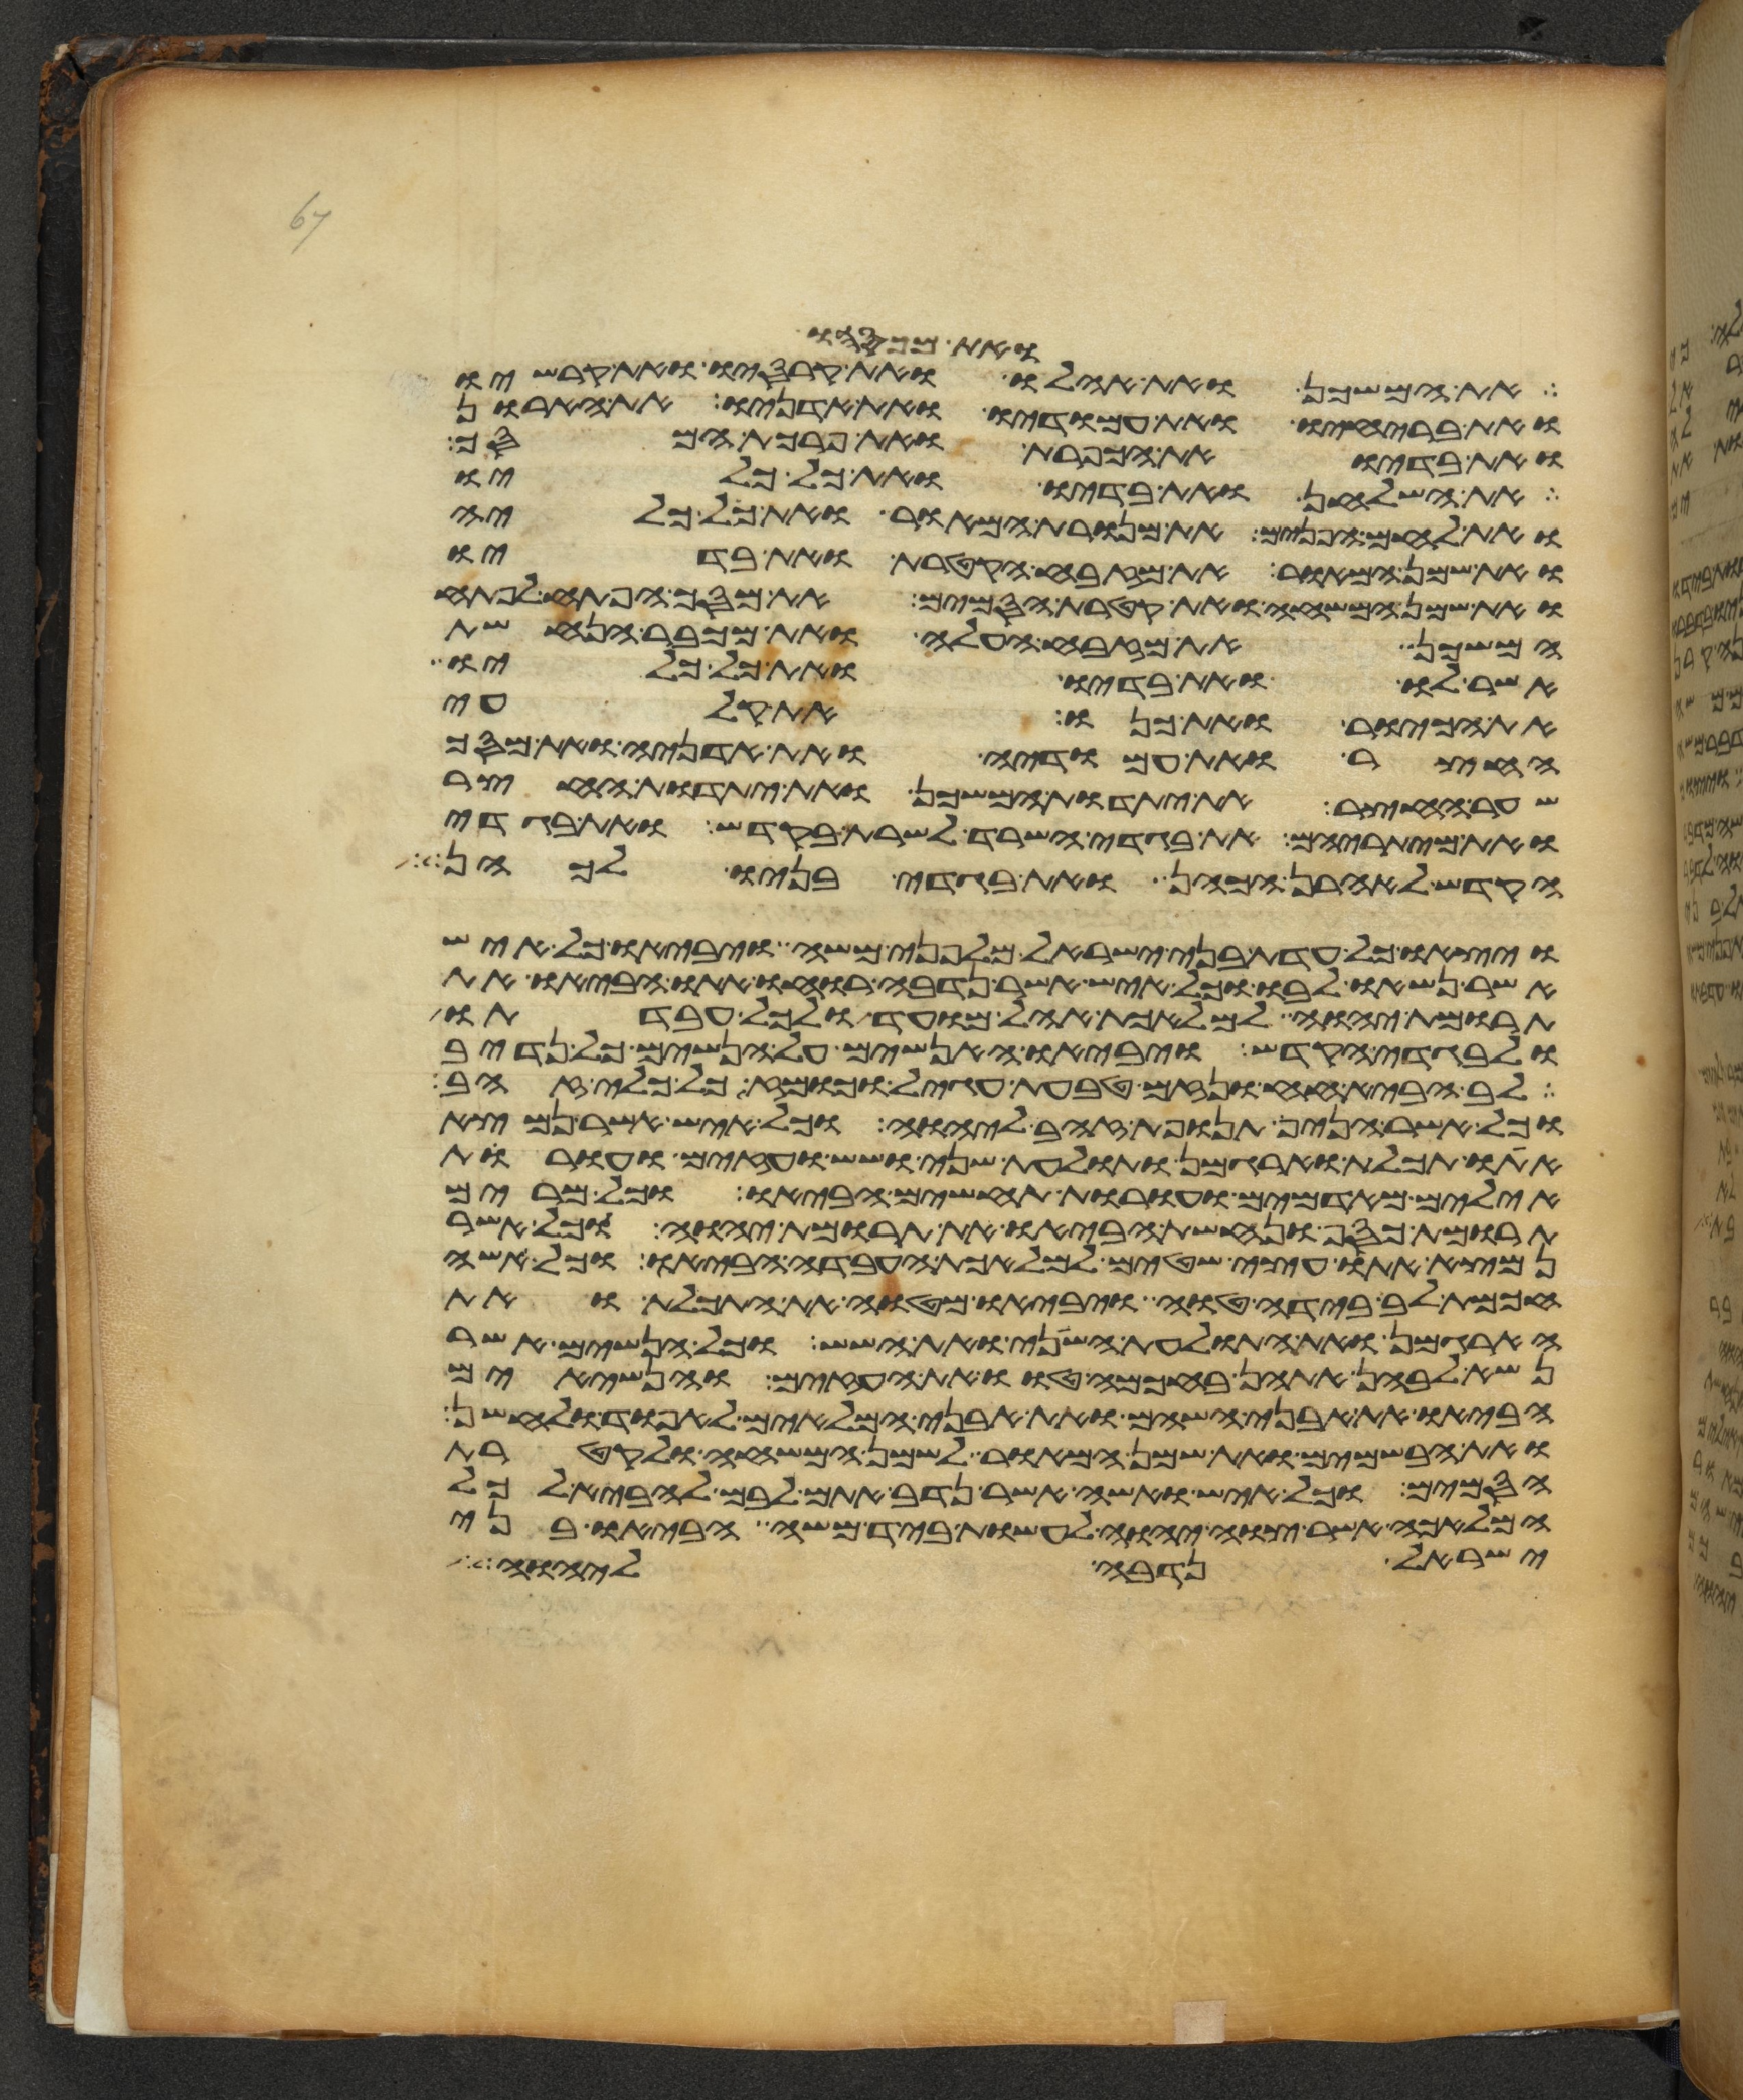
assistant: ואת מכסהו
את המשכן ואת אהלו ואת מכסהו ואת קרסיו
ואת בריחיו ואת עמודיו ואת אדניו את הארון
ואת בדיו ואת הכפרת ואת פרכת המסך
את השלחן ואת בדיו ואת כל כליו
ואת לחם הפנים את מנורת המאור ואת כל כליה
ואת שמן המאור את מזבח הקטרת ואת בדיו
ואת שמן המשחה ואת קטרת הסמים ואת מסך הפתח לפתח
המשכן ואת מזבח העלה ואת מכבר הנחשת
אשר לו ואת בדיו ואת כל כליו
את הכיור ואת כנו את קלעי
החצר ואת עמודיה ואת אדניה ואת מסך
שער החצר את יתדות המשכן ואת יתדות החצר
ואת מיתריהם את בגדי השרד לשרת בקדש ואת בגדי
הקדש לאהרן הכהן ואת בגדי בניו לכהן
ויצאו כל עדת בני ישראל מלפני משה ויביאו כל איש
אשר נשאו לבו וכל איש אשר נדבה רוחו אתו הביאו את
תרומת יהוה למלאכת אהל מועד ולכל עבדתו
ולבגדי הקדש ויביאו האנשים על הנשים כל נדיב
לב הביא חח ונזם טבעת עגיל וכומז כל כלי זהב
וכל אשר הניף תנופת זהב ליהוה וכל איש אשר נמצא
אתו תכלת וארגמן ותולעת שני ושש ועזים ועורת
אילים מאדמים ועורת תחשים הביאו וכל מרים
תרומת כסף ונחשת הביאו את תרומת יהוה וכל אשר
נמצא אתו עצי שטים למלאכת העבדה הביאו וכל אשה
חכמת לב בידה טוה ויביאו מטוה את התכלת ואת
הארגמן ואת התולעת השני ואת השש וכל הנשים אשר
נשא לבהן אתהן בחכמה טוו את העזים והנשיאים
הביאו את אבני השהם ואת אבני המלאים לאפוד ולחשן
ואת הבשמים ואת שמן המאור לשמן המשחה ולקטרת
הסמים וכל איש ואשה אשר נדב אתם לבם להביא לכל
המלאכה אשר צוה יהוה לעשות ביד משה הביאו בני
ישראל נדבה ליהוה